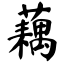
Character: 藕